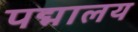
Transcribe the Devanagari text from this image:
पद्मालय